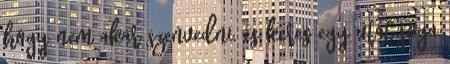
hogy nem akar szenvedni, és keres egy utat jóga